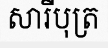
សារីបុត្រ